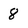
Character: 8